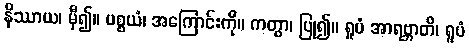
နိဿာယ၊ မှီ၍။ ပစ္စယံ၊ အကြောင်းကို။ ကတွာ၊ ပြု၍။ ရူပံ အာရဗ္ဘာတိ၊ ရူပံ